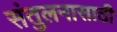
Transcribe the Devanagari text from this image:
संतुलनासाठी